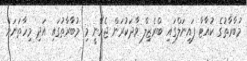
މުބާރާތުގެ ކުއާޓާ ފައިނަލްގައި ބްރެޒިލް ވާދަކުރަން ޖެހޭނީ މި މުބާރާތުގައި އަދި މިހާތަނަށް